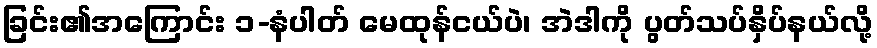
ခြင်း၏အကြောင်း ၁-နံပါတ် မေထုန်ငယ်ပဲ၊ အဲဒါကို ပွတ်သပ်နှိပ်နယ်လို့